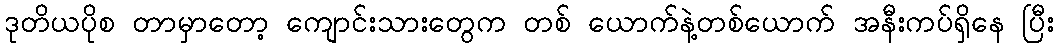
ဒုတိယပိုစ တာမှာတော့ ကျောင်းသားတွေက တစ် ယောက်နဲ့တစ်ယောက် အနီးကပ်ရှိနေ ပြီး